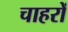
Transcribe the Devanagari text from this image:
चाहरों